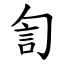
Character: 訇